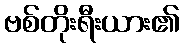
ဗစ်တိုးရီးယား၏